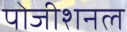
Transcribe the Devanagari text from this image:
पोजीशनल